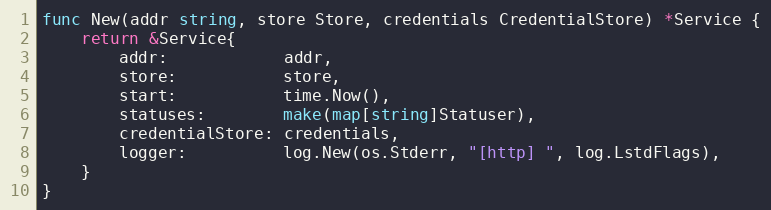
Language: Go
func New(addr string, store Store, credentials CredentialStore) *Service {
	return &Service{
		addr:            addr,
		store:           store,
		start:           time.Now(),
		statuses:        make(map[string]Statuser),
		credentialStore: credentials,
		logger:          log.New(os.Stderr, "[http] ", log.LstdFlags),
	}
}